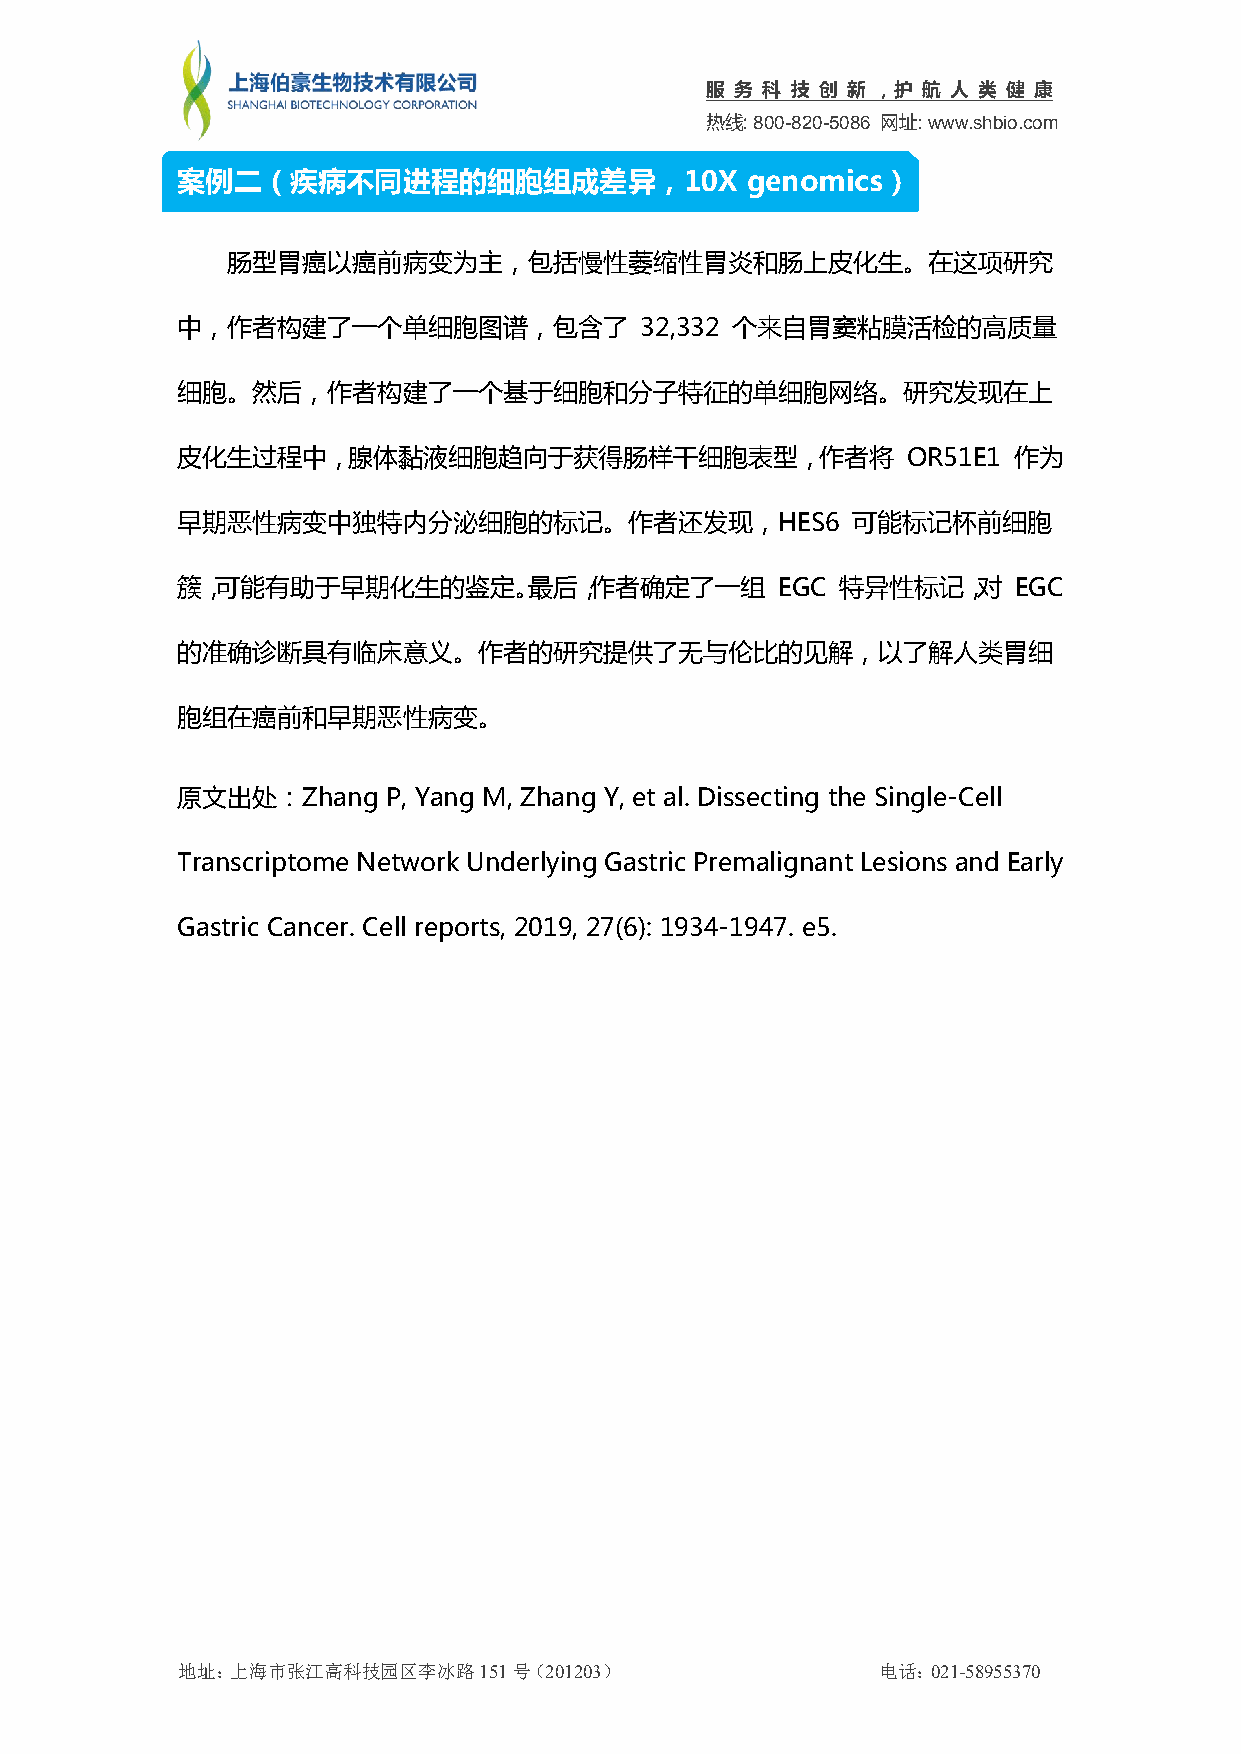
服 务 科 技 创 新 ，护 航 人 类 健 康
 热线:800-820-5086 网址:www.shbio.com
 案例二（疾病不同进程的细胞组成差异，10X                genomics）
 肠型胃癌以癌前病变为主，包括慢性萎缩性胃炎和肠上皮化生。在这项研究
 中，作者构建了一个单细胞图谱，包含了            32,332 个来自胃窦粘膜活检的高质量
 细胞。然后，作者构建了一个基于细胞和分子特征的单细胞网络。研究发现在上
 皮化生过程中，腺体黏液细胞趋向于获得肠样干细胞表型，作者将                   OR51E1 作为
 早期恶性病变中独特内分泌细胞的标记。作者还发现，HES6                可能标记杯前细胞
 簇，可能有助于早期化生的鉴定。最后，作者确定了一组              EGC  特异性标记，对    EGC
 的准确诊断具有临床意义。作者的研究提供了无与伦比的见解，以了解人类胃细
 胞组在癌前和早期恶性病变。
 原文出处：Zhang    P, Yang M, Zhang Y, et al. Dissecting the Single-Cell
 Transcriptome Network Underlying Gastric Premalignant Lesions and Early
 Gastric Cancer. Cell reports, 2019, 27(6): 1934-1947. e5.
 地址：上海市张江高科技园区李冰路151号（201203）                  电话：021-58955370